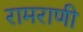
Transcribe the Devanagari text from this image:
रामराणी